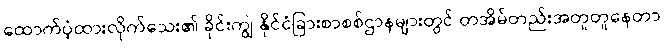
ထောက်ပံ့ထားလိုက်သေး၏ ခိုင်းကျွဲ နိုင်ငံခြားစာစစ်ဌာနများတွင် တအိမ်တည်းအတူတူနေတာ